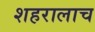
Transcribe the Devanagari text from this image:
शहरालाच